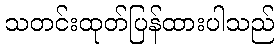
သတင်းထုတ်ပြန်ထားပါသည်